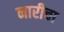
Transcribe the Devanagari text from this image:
नारीचा